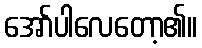
အော်ပါလေတော့၏။